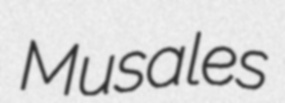
Musales